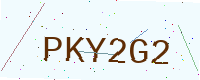
Text: PKY2G2